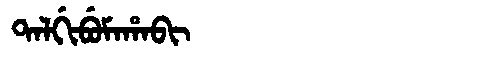
Manchu: ᡨᠠᠯᡤᡳᠪᡠᠮᠠᡥᠠᠪᡳ
Romanization: TALGIBUMAHABI